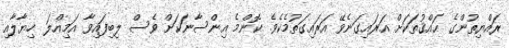
ރައްޔިތުންގެ ޙައްޤުތަކަށް އަރައިގަނެވޭ އަރައިގަތުމެކެވެ. ކޮންމެ އިންސާނަކަށް ވެސް ލިބިފައިވާ އަމިއްލަ ޚިޔާލާއި